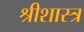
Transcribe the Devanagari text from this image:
श्रीशास्त्र